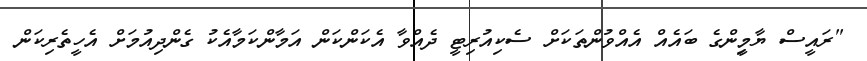
"ރައީސް ޔާމީިންގެ ބައެއް އެއްވުންތަކަށް ސެކިއުރިޓީ ދެއްވާ އެކަންކަން އަމާންކަމާއެކު ގެންދިއުމަށް އެހީތެރިކަން